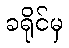
ခရိုင်မှ